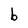
Character: b